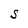
Character: S